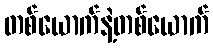
တစ်ယောက်နဲ့တစ်ယောက်